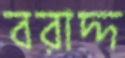
বরাদ্দ